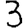
Digit: 3